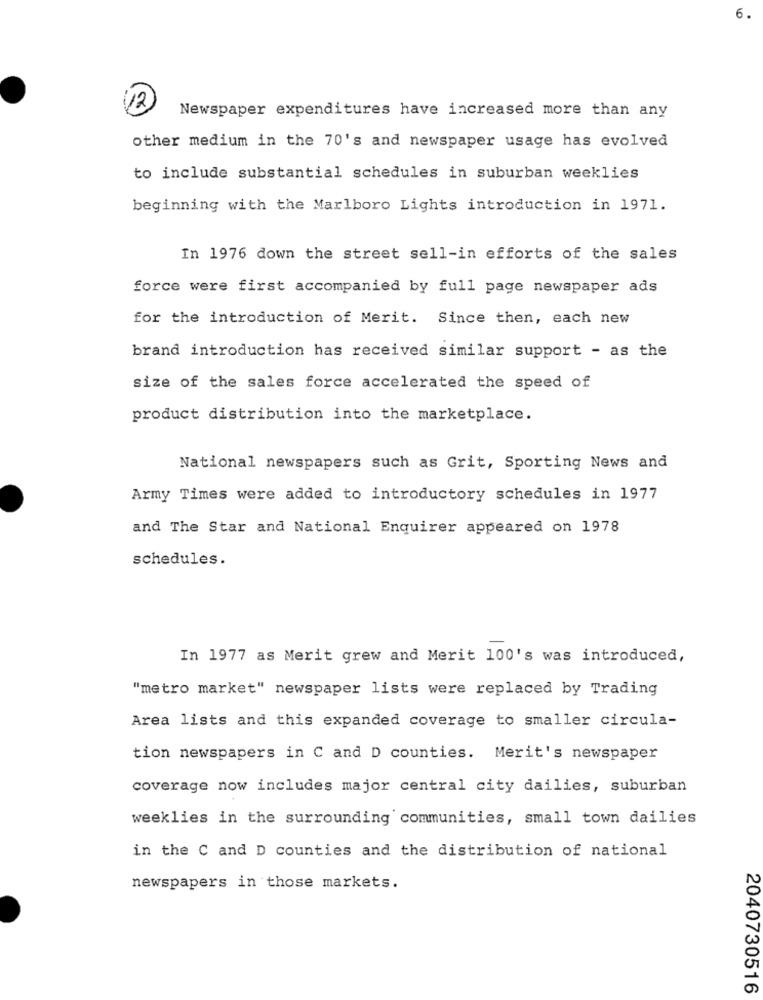
6.
(2)
Newspaper expenditures have increased more than any
other medium in the 70's and newspaper usage has evolved
to include substantial schedules in suburban weeklies
beginning with the Marlboro Lights introduction in 1971.
In 1976 down the street sell-in efforts of the sales
force were first accompanied by full page newspaper ads
for the introduction of Merit. Since then, each new
brand introduction has received similar support - as the
size of the sales force accelerated the speed of
product distribution into the marketplace.
National newspapers such as Grit, Sporting News and
Army Times were added to introductory schedules in 1977
and The Star and National Enquirer appeared on 1978
schedules.
In 1977 as Merit grew and Merit 100's was introduced,
"metro market" newspaper lists were replaced by Trading
Area lists and this expanded coverage to smaller circula-
tion newspapers in C and D counties. Merit's newspaper
coverage now includes major central city dailies, suburban
weeklies in the surrounding communities, small town dailies
in the C and D counties and the distribution of national
newspapers in those markets.
2040730516